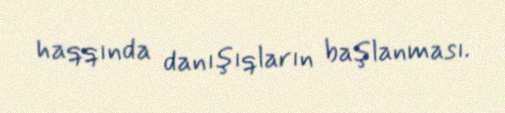
haqqında danışıqların başlanması.